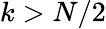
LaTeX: k>N/2